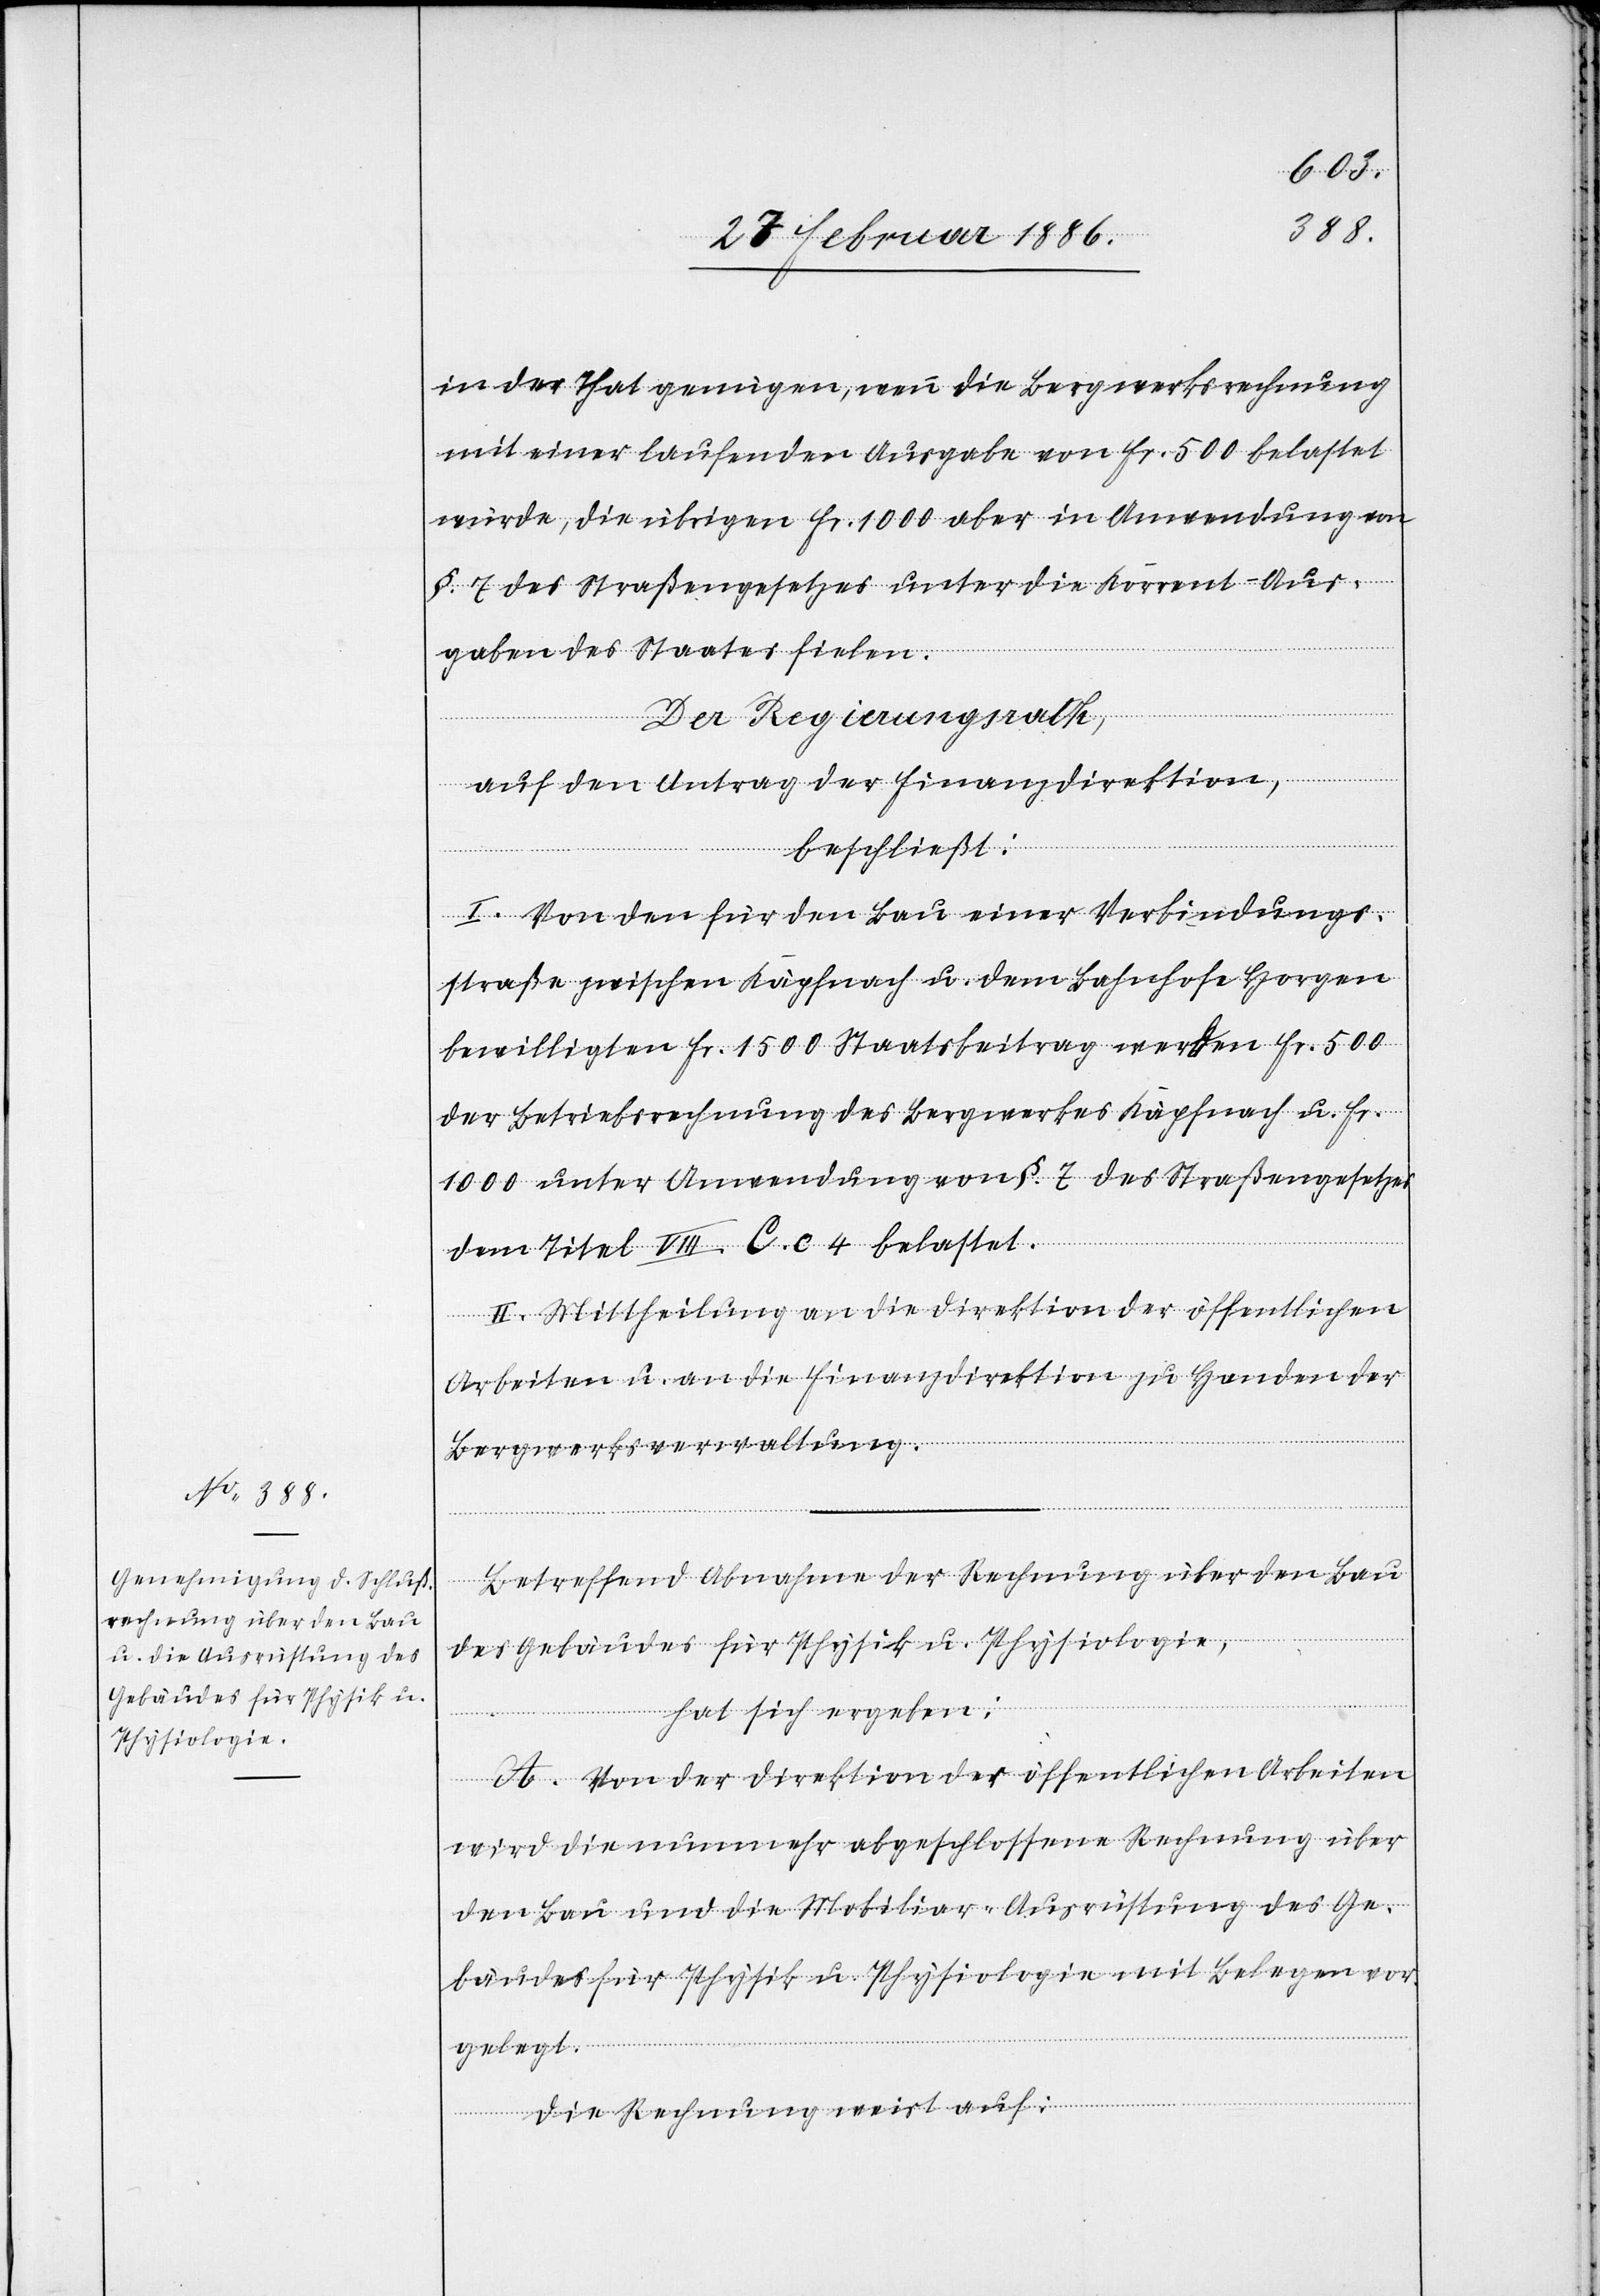
in der That genügen, wenn die Bergwerksrechnung
mit einer laufenden Ausgabe von Fr. 500 belastet
würde, die übrigen Fr. 1000 aber in Anwendung von
§. 7 des Straßengesetzes unter die Korrent-Aus¬
gabe des Staates fielen.
Der Regierungsrath,
auf den Antrag der Finanzdirektion,
beschließt:
I. Von den für den Bau einer Verbindung¬
straße zwischen Käpfnach u. dem Bahnhofe Horgen
bewilligten Fr. 1500 Staatsbeitrag werden Fr. 500
der Betriebsrechnung des Bergwerkes Käpfnach u. Fr.
1000 unter Anwendung von §. 7 des Straßengesetzes
dem Titel VIII. C. c. 4 belastet.
II. Mittheilung an die Direktion der öffentlichen
Arbeiten u. an die Finanzdirektion zu Handen der
Bergwerksverwaltung.
Betreffend Abnahme der Rechnung über den Bau
des Gebäudes für Physik u. Physiologie,
hat sich ergeben:
A. Von der Direktion der öffentlichen Arbeiten
wird die nunmehr abgeschlossene Rechnung über
den Bau und die Mobiliar-Ausrüstung des Ge¬
bäudes für Physik u. Physiologie mit Belegen vor¬
gelegt.
Die Rechnung weist auf: